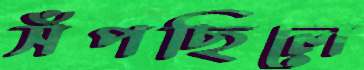
সঁপছিলে